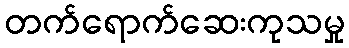
တက်ရောက်ဆေးကုသမှု